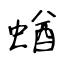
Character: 蝤